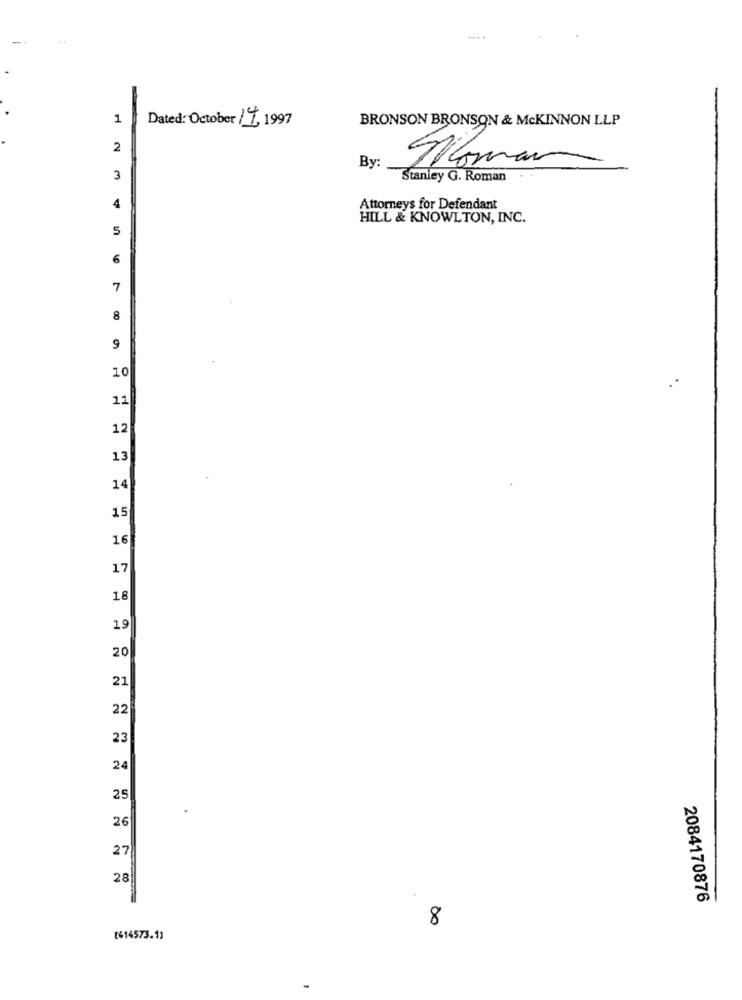
1
Dated: October 14, 1997
BRONSON BRONSON & MCKINNON LLP
2
Tioman
By:
3
Stanley G. Roman
4
Attorneys for Defendant
HILL & KNOWLTON, INC.
5
6
7
8
9
10
11
12
13
14
15
16
17
18
19
20
21
22
23
24
25
26
27
28
2084170876
8
[614573.1]